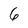
Character: 6